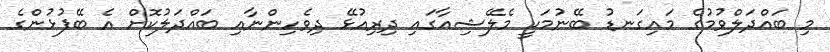
މި ބައްދަލްވުމުގެ މައިގަނޑު ބޭނުމަކީ މެލޭޝިއާގައި ދިރިއުޅޭ ދިވެހިންނާއި ބައްދަލުކޮށް އެ ބޭފުޅުންގެ